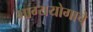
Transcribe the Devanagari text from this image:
भाग्ययोगाचे